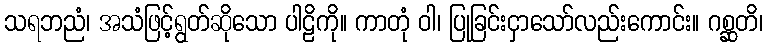
သရဘညံ၊ အသံဖြင့်ရွတ်ဆိုသော ပါဠိကို။ ကာတုံ ဝါ၊ ပြုခြင်းငှာသော်လည်းကောင်း။ ဂစ္ဆတိ၊